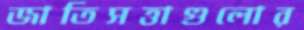
জাতিসত্তাগুলোর